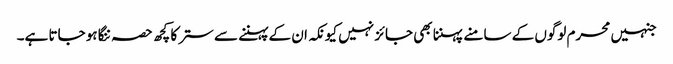
جنہیں محرم لوگوں کے سامنے پہننا بھی جائز نہیں کیونکہ ان کے پہننے سے ستر کا کچھ حصہ ننگا ہو جاتا ہے۔